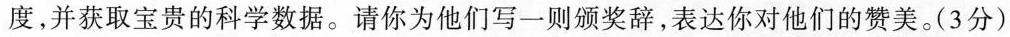
度，并获取宝贵的科学数据。请你为他们写一则颁奖辞，表达你对他们的赞美。(3分)